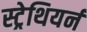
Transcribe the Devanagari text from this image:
स्ट्रेथियर्न